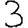
Digit: 3